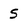
Character: S